Leaving Certificate Examination, 1906
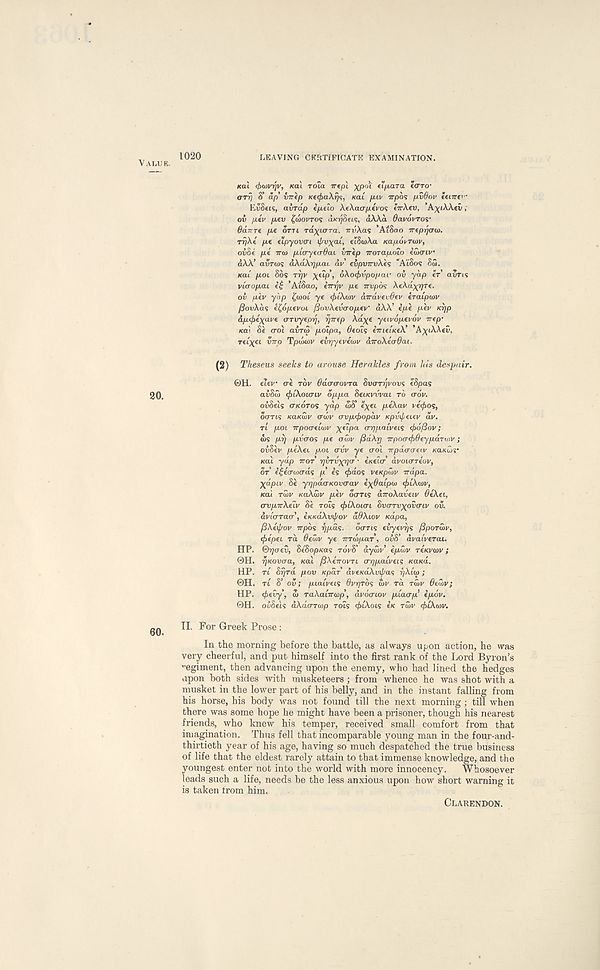
1020
LEAVING CEItTIFIOATE EXAMINATION.
VALUE.
20.
KCU cjxiivrjv, Koi rota irtpl ^pot fT/xara ecrro-
«7Tu S’ ap’ {iTTfp Kecj)a\ri<j, /cat fi.iv Trpo? fxvBov eenrfv
EvSeis, avrdp e/teto AeXao-pevos tTrXcv, ’A^tAXev;
ov /xeV jttcu ^WOI/TOS d/ojSct?, dAAa 0avdi/TOS'
6d.im fie orri rd^tara, TTVXOS ’AtSoo Treprjtro).
TTfXt p.c elpyovai ipv\ai, etSa/Aa Ka/xovrvjv,
ov6( pi TTOJ pLO-yeaOau virip iroTapdio iaxriv
d\\’ aura/s d\d\rjpai. nv' evpVTrvXi'i 'AtSos 8a).
Kat' ptot 80s rr/v ^ctp’, oXotftvpopar ov yap IT’ avns
vicropai
’At8ao, ITT^V pte Tri/pos AtAd^re.
ov pev yap £a)ot ye (fxtXwv dirdvevOev cratptov
ySouAds el^opevoi ftovXtvcroptv' dAA’ epe pev /cr)p
dp<j>i\ave (TTvyeprj, rjirep Ad^e yetvdpevdv nep’
Kal 81 cot air(2 potpa, 0eots eTrtet/ceA’ ’A^iAXeC.
ret^et VTTO Tpcoa/v ev^yevea/v aTroXiodat.
(2) Theseus seeks to arouse Herakles from his despair.
OH. elev ae rov OdacrovTa Svari/vous ISpas
aiSa) (ftiXoicnv oppa SeiKVvvai TO crdv.
oiSets ITKOTOS yap (US’ l^et piXav vitfros,
ocrrts /ca/ca)v crcov ovptfxopav Kpvxpfuv dv.
rt pot Trpoauwv \iip a trrfpaiveis (f>6[iov;
ws pr/ pvaos pe aaiv ySdAjj 7rpoa<pO(ypd.Ttiiv;
ovSev peAet pot auv ye o - ot 7rpdcrcrei.v /ca/cajs*
Kat yap TTOT rjvTv^pcr • eKetc dvotoreov,
of i^iawcrds p Is <^>dos vexpwv irdpa.
jpipiv 8e yy]pd(TKOV(Tav i^Oaipiu c^tAcov,
Kat ra)v naXwv pev ooris aTroAavetv OiXei,
crvpnXeLV Se rots (ftiXoLcn Svirrv^ovcriv ov.
dviaracr’, eKKdXvxf/ov dOXiov Kapa,
fiXiif/ov irpos ^pas.
otrrts eiyevrys fipoTutv,
(ftipei rd 0ea)v ye TTTwpaf, ovd’ dvaiverai.
HP. ©^oev, Se'SopKas rdvS’ dytov’ eptuv reKVwv;
©H. rjKovija, Kat fiXirrovTi crrjpaLveii Kaud.
HP. rt 8^rct pov epdf dveKaAvi/tas ryAta/ ;
®H. rt 8’ ou; ptatvets 0vryrds a/v rd rd>v 6eu>v;
HP. 4>evy, 3> raXaLirwp, dvdcrtov piaap epov.
©H. ovSeis dAderra/p rots c^tAois IK TWV <f>iX(ov.
II. For Greek Prose:
In the morning before the battle, as always upon action, he was
very cheerful, and put himself into the first rank of the Lord Byron’s
T, egiment, then advancing upon the enemy, who had lined the hedges
upon both sides with musketeers; from whence he was shot with a
musket in the lower part of his belly, and in the instant falling from
his horse, his body was not found till the next morning; till when
there was some hope he might have been a prisoner, though his nearest
friends, who knew his temper, received small comfort from that
imagination. Thus fell that incomparable young man in the four-and-
thirtieth year of his age, having so much despatched the true business
of life that the eldest rarely attain to that immense knowledge, and the
youngest enter not into the world with more innocency.
Whosoever
leads such a life, needs be the less anxious upon how short warning it
is taken from him.
CLARENDON.